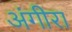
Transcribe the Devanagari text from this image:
अंगीरा